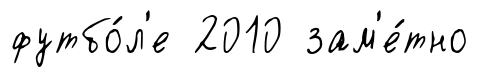
футбо́л'е 2010 зам'е́тно